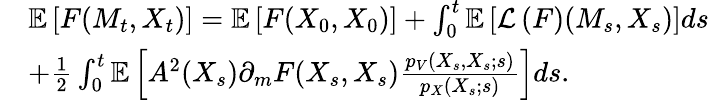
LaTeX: \begin{array}{rl}&{{\mathbb E}\left[F(M_{t},X_{t})\right]={\mathbb E}\left[F(X_{0},X_{0})\right]+\int_{0}^{t}{\mathbb E}\left[{\mathcal L}\left(F\right)(M_{s},X_{s})\right]ds}\\ &{+\frac{1}{2}\int_{0}^{t}{\mathbb E}\left[A^{2}(X_{s})\partial_{m}F(X_{s},{X_{s}})\frac{p_{V}(X_{s},{X_{s}};s)}{p_{X}(X_{s};s)}\right]ds.}\end{array}